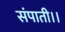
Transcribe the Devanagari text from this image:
संपाती।।